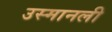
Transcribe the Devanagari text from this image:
उस्मानली